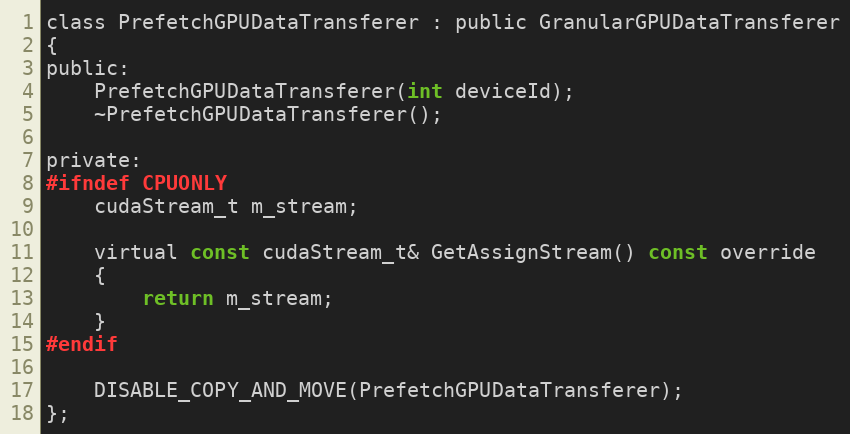
Language: C
class PrefetchGPUDataTransferer : public GranularGPUDataTransferer
{
public:
    PrefetchGPUDataTransferer(int deviceId);
    ~PrefetchGPUDataTransferer();

private:
#ifndef CPUONLY
    cudaStream_t m_stream;

    virtual const cudaStream_t& GetAssignStream() const override
    {
        return m_stream;
    }
#endif

    DISABLE_COPY_AND_MOVE(PrefetchGPUDataTransferer);
};